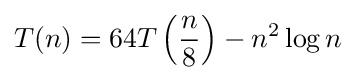
T(n)=64T\left({\frac {n}{8}}\right)-n^{2}\log n